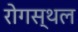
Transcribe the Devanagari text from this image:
रोगस्थल